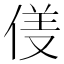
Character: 𱎹